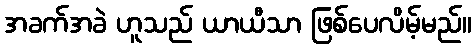
အခက်အခဲ ဟူသည် ယာယီသာ ဖြစ်ပေလိမ့်မည်။